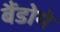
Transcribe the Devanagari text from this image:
बैंडोगे